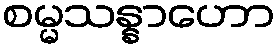
စမ္မသန္နာဟော